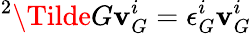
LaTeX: {}^{2}\Tilde{G}\mathbf{v}_{G}^{i}=\epsilon_{G}^{i}\mathbf{v}_{G}^{i}